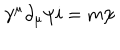
LaTeX: \gamma ^ { \mu } \partial _ { \mu } \psi i = m \psi